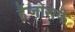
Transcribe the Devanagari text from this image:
हैंजोसफ